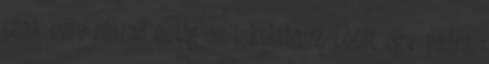
csak nem marad estig az iskolában?. Leült egy padra,